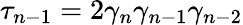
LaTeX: \tau_{n-1}=2\gamma_{n}\gamma_{n-1}\gamma_{n-2}